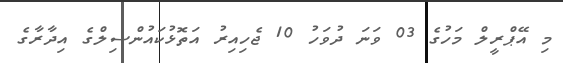
މި އޭޕްރީލް މަހުގެ 03 ވަނަ ދުވަހު 10 ޖެހިއިރު އަތޮޅުކައުންސިލްގެ އިދާރާގެ